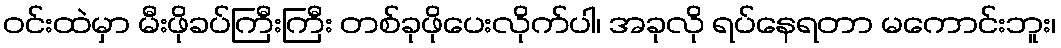
ဝင်းထဲမှာ မီးဖိုခပ်ကြီးကြီး တစ်ခုဖိုပေးလိုက်ပါ၊ အခုလို ရပ်နေရတာ မကောင်းဘူး၊